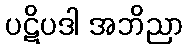
ပဋိပဒါ အဘိညာ